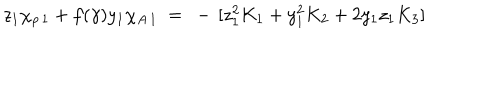
z _ { 1 } \chi _ { \rho \, 1 } + f ( \gamma ) y _ { 1 } \chi _ { A \, 1 } ~ = ~ - \, [ z _ { 1 } ^ { 2 } K _ { 1 } + y _ { 1 } ^ { 2 } K _ { 2 } + 2 y _ { 1 } z _ { 1 } K _ { 3 } ]